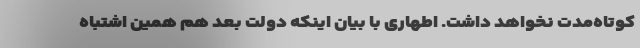
کوتاه‌مدت نخواهد داشت. اطهاری با بیان اینکه دولت بعد هم همین اشتباه